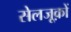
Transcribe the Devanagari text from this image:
सेलजूक़ों